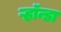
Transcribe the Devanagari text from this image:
ऱ्हॉन्डा